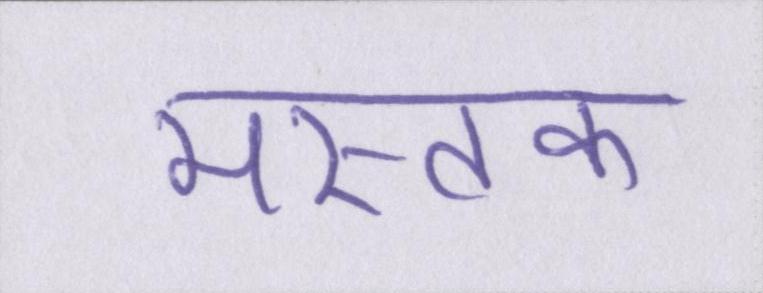
मस्तक